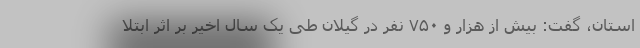
استان، گفت: بیش از هزار و ۷۵۰ نفر در گیلان طی یک سال اخیر بر اثر ابتلا